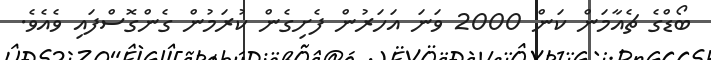
ބޯޑްގެ ޗެއާމަން ކަން 2000 ވަނަ އަހަރުން ފެށިގެން ކުރަމުން ގެންގޮސްފައި ވެއެވެ.